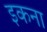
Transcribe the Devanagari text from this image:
इकना